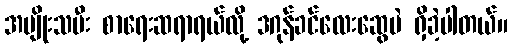
အမျိုးသမီး စာရေးဆရာရယ်လို့ ဒဂုန်ခင်လေးဆွေပဲ ရှိခဲ့ပါတယ်။